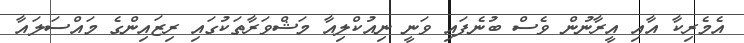
އެމެރިކާ އާއި އީރާނުން ވެސް ބުނެފައި ވަނީ ނިއުކްލިއާ މަޝްވަރާތަކުގައި ރިޒައިންގެ މައްސަލައާ